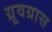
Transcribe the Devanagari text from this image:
ग्रूवग्रास